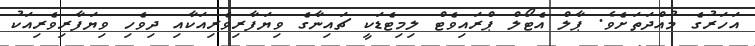
އަހަރުގެ މުއްދަތަށެވެ. ޕާލް އެޓޯލް ޕްރައިވެޓް ލިމިޓެޑަކީ ޗައިނާގެ ވިޔަފާރިވެރިއަކާއި ދިވެހި ވިޔަފާރިވެރިއަކު